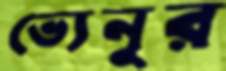
ভ্যেনুর